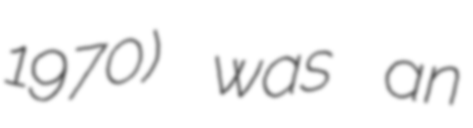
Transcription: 1970) was an